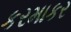
કરમાકર